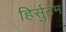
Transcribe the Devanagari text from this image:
हिर्सुटम